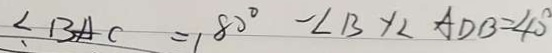
\angle B A C = 1 8 0 ^ { \circ } - \angle B + \angle A D B = 4 0 ^ { \circ }